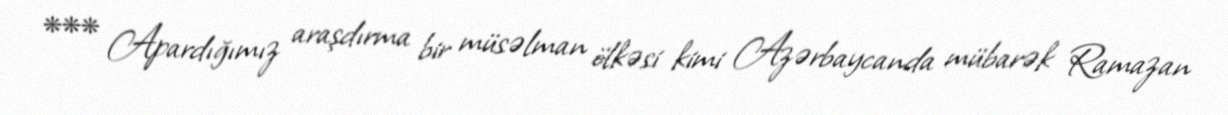
*** Apardığımız araşdırma bir müsəlman ölkəsi kimi Azərbaycanda mübarək Ramazan